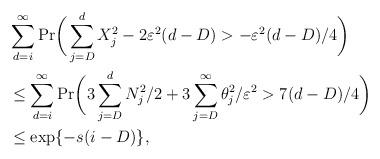
LaTeX: \begin{align*}&\sum_{d=i}^{\infty}\mathrm{Pr}\bigg{(}\sum_{j=D}^{d}X_{j}^{2} -2\varepsilon^2 (d-D) > -\varepsilon^2 (d-D) / 4 \bigg{)} \\&\leq \sum_{d=i}^{\infty}\mathrm{Pr}\bigg{(} 3\sum_{j=D}^{d}N_{j}^2/2 + 3 \sum_{j=D}^{\infty}\theta_{j}^2/\varepsilon^2> 7(d-D)/4 \bigg{)} \\&\leq \exp\{-s(i-D)\},\end{align*}